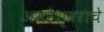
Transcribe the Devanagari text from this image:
अमरेश्वराचे